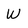
Character: W